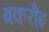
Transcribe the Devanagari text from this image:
बकरौइ